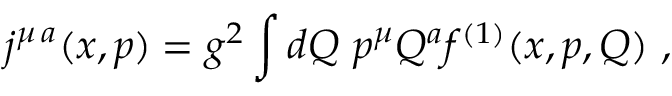
j ^ { \mu \, a } ( x , p ) = g ^ { 2 } \int d Q \ p ^ { \mu } Q ^ { a } f ^ { ( 1 ) } ( x , p , Q ) \ ,